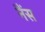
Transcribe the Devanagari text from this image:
नैंस